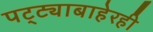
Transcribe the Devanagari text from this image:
पट्ट्याबाहेरही